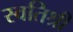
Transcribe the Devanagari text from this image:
स्वतिश्री